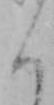
く